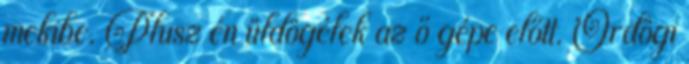
mekibe. Plusz én üldögélek az ő gépe előtt. Ördögi